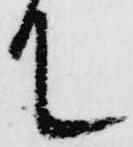
て